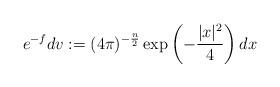
LaTeX: \begin{align*}e^{-f}dv:=(4\pi)^{-\frac n2}\exp\left(-\frac{|x|^2}{4}\right)dx\end{align*}